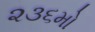
૨૩૬મો